Report on the working of the Ranchi Indian Mental Hospital, Kanke, in Bihar and Orissa - 1930-1940
Year: 1930
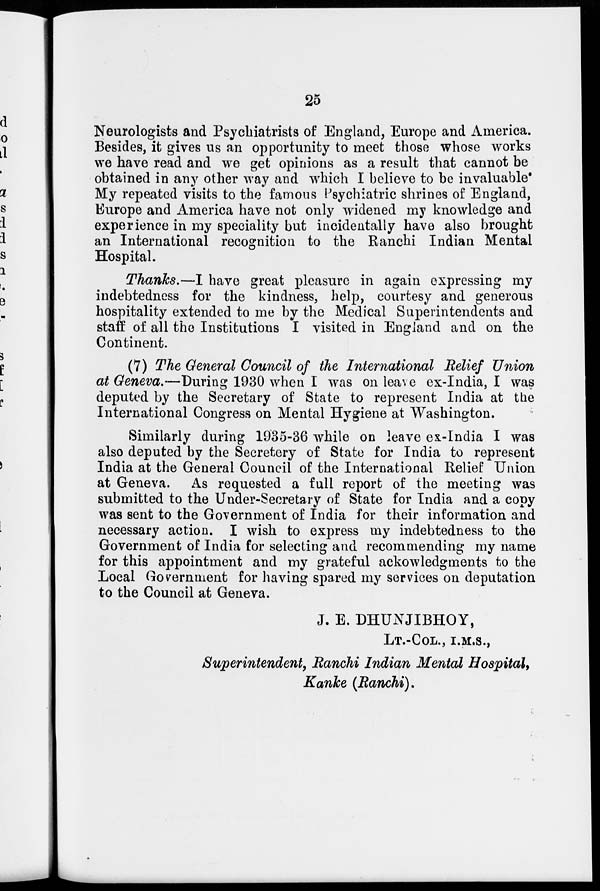
25
Neurologists and Psychiatrists of England, Europe and America.
Besides, it gives us an opportunity to meet those whose works
we have read and we get opinions as a result that cannot be
obtained in any other way and which I believe to be invaluable.
My repeated visits to the famous Psychiatric shrines of England,
Europe and America have not only widened my knowledge and
experience in my speciality but incidentally have also brought
an International recognition to the Ranchi Indian Mental
Hospital.
Thanks.—I have great pleasure in again expressing my
indebtedness for the kindness, help, courtesy and generous
hospitality extended to me by the Medical Superintendents and
staff of all the Institutions I visited in England and on the
Continent.
(7) The General Council of the International Relief Union
at Geneva.—During 1930 when I was on leave ex-India, I was
deputed by the Secretary of State to represent India at the
International Congress on Mental Hygiene at Washington.
Similarly during 1935-36 while on leave ex-India I was
also deputed by the Secretery of State for India to represent
India at the General Council of the International Relief Union
at Geneva. As requested a full report of the meeting was
submitted to the Under-Secretary of State for India and a copy
was sent to the Government of India for their information and
necessary action. I wish to express my indebtedness to the
Government of India for selecting and recommending my name
for this appointment and my grateful ackowledgments to the
Local Government for having spared my services on deputation
to the Council at Geneva.
J. E. DHUNJIBHOY,
LT.-COL., I.M.S.,
Superintendent, Ranchi Indian Mental Hospital,
Kanke (Ranchi).